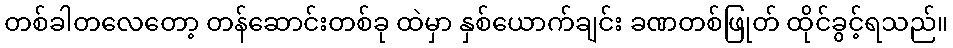
တစ်ခါတလေတော့ တန်ဆောင်းတစ်ခု ထဲမှာ နှစ်ယောက်ချင်း ခဏတစ်ဖြုတ် ထိုင်ခွင့်ရသည်။